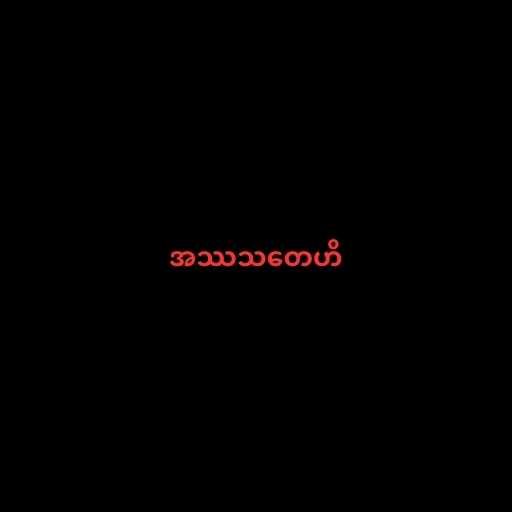
အဿသတေဟိ